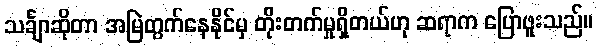
သင်္ချာဆိုတာ အမြဲတွက်နေနိုင်မှ တိုးတက်မှုရှိတယ်ဟု ဆရာက ပြောဖူးသည်။